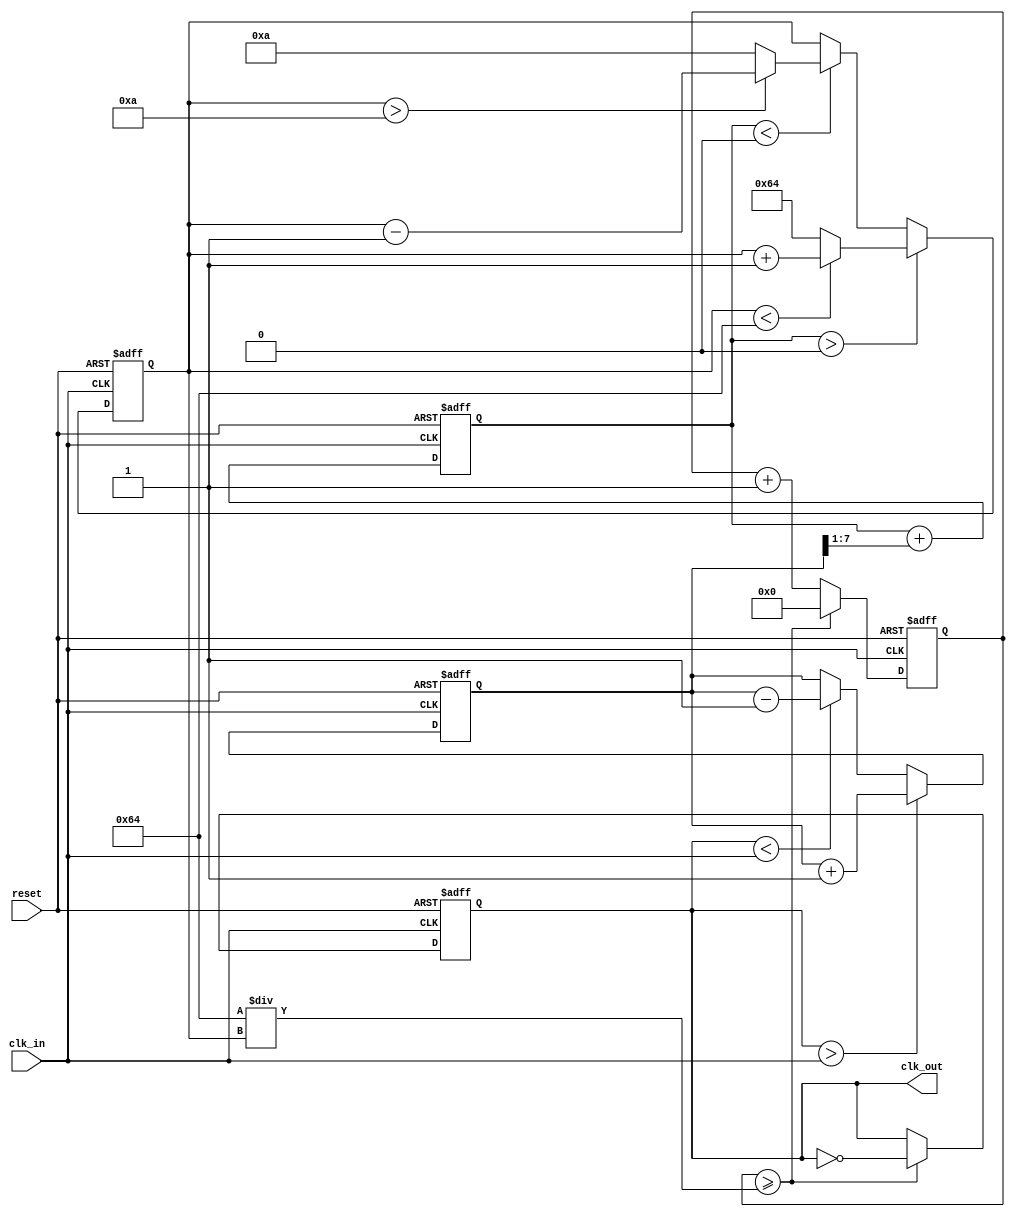
module PLL (
    input wire clk_in,          // Incoming data signal
    input wire reset,           // Reset signal
    output reg clk_out          // Synchronized output clock
);

    // Parameters
    parameter PHASE_WIDTH = 8;  // Width for phase representation
    parameter VCO_MAX_FREQ = 100; // Max VCO frequency
    parameter VCO_MIN_FREQ = 10;  // Min VCO frequency

    // Internal signals
    reg [PHASE_WIDTH-1:0] phase_error; // Phase error from PD
    reg [PHASE_WIDTH-1:0] loop_filter_out; // Output of loop filter
    reg [PHASE_WIDTH-1:0] vco_frequency; // VCO frequency control
    reg [PHASE_WIDTH-1:0] phase_memory; // Memory for phase information
    reg [31:0] counter; // Counter for clock generation
    reg lock; // Lock status

    // Phase Detector (PD)
    always @(posedge clk_in or posedge reset) begin
        if (reset) begin
            phase_error <= 0;
        end else begin
            // Simple phase detection logic (placeholder)
            // Compare clk_in with clk_out and set phase_error
            if (clk_out > clk_in) begin
                phase_error <= phase_error + 1; // clk_out is leading
            end else if (clk_out < clk_in) begin
                phase_error <= phase_error - 1; // clk_out is lagging
            end
        end
    end

    // Loop Filter
    always @(posedge clk_in or posedge reset) begin
        if (reset) begin
            loop_filter_out <= 0;
        end else begin
            // Simple low-pass filter (placeholder)
            loop_filter_out <= loop_filter_out + (phase_error >> 1); // Simple smoothing
        end
    end

    // Voltage-Controlled Oscillator (VCO)
    always @(posedge clk_in or posedge reset) begin
        if (reset) begin
            vco_frequency <= VCO_MIN_FREQ;
        end else begin
            // Control VCO frequency based on loop filter output
            if (loop_filter_out > 0) begin
                vco_frequency <= (vco_frequency < VCO_MAX_FREQ) ? vco_frequency + 1 : VCO_MAX_FREQ;
            end else if (loop_filter_out < 0) begin
                vco_frequency <= (vco_frequency > VCO_MIN_FREQ) ? vco_frequency - 1 : VCO_MIN_FREQ;
            end
        end
    end

    // Generate output clock based on VCO frequency
    always @(posedge clk_in or posedge reset) begin
        if (reset) begin
            counter <= 0;
            clk_out <= 0;
        end else begin
            counter <= counter + 1;
            if (counter >= (100 / vco_frequency)) begin
                clk_out <= ~clk_out; // Toggle output clock
                counter <= 0;
            end
        end
    end

    // Feedback loop and control logic
    always @(posedge clk_in or posedge reset) begin
        if (reset) begin
            lock <= 0;
            phase_memory <= 0;
        end else begin
            // Update phase memory and check lock status
            phase_memory <= phase_error; // Store phase info
            if (phase_error == 0) begin
                lock <= 1; // Locked when phase error is zero
            end else begin
                lock <= 0; // Not locked
            end
        end
    end

endmodule